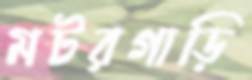
মটরগাড়ি